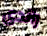
راندى